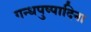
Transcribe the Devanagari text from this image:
गन्धपुष्पादिना